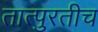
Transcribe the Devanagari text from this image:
तात्पुरतीच